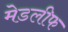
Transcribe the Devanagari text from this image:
मेडलीफ